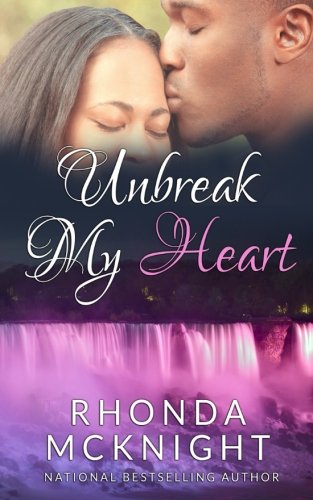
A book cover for Unbreak My Heart (Second Chances Series) (Volume 2); Rhonda McKnight; Literature & Fiction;